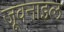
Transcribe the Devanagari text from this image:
जूवनाइल